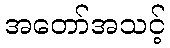
အတော်အသင့်